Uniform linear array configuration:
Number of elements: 4
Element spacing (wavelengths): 0.25
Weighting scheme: blackman
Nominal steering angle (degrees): -45
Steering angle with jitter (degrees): -43.222
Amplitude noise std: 0.05
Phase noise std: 0.05

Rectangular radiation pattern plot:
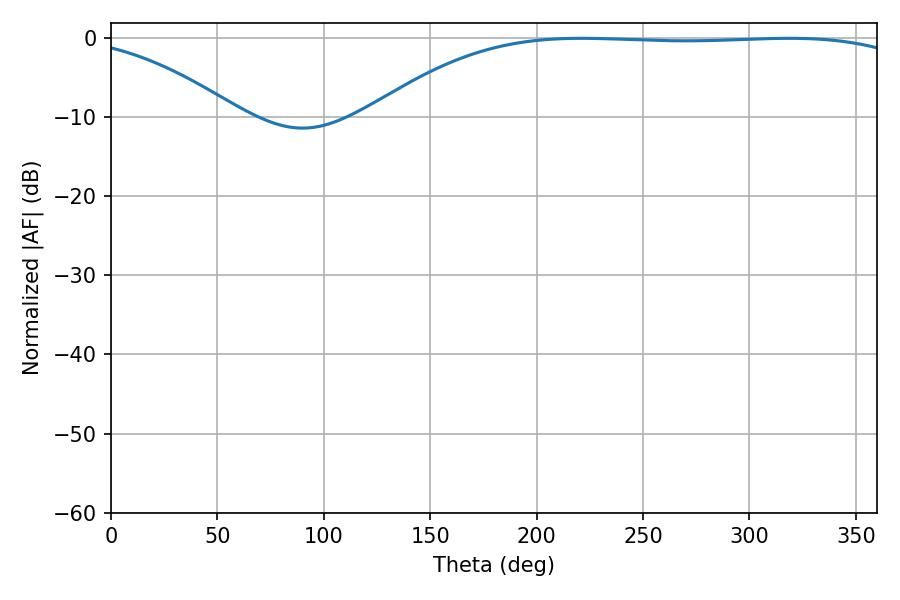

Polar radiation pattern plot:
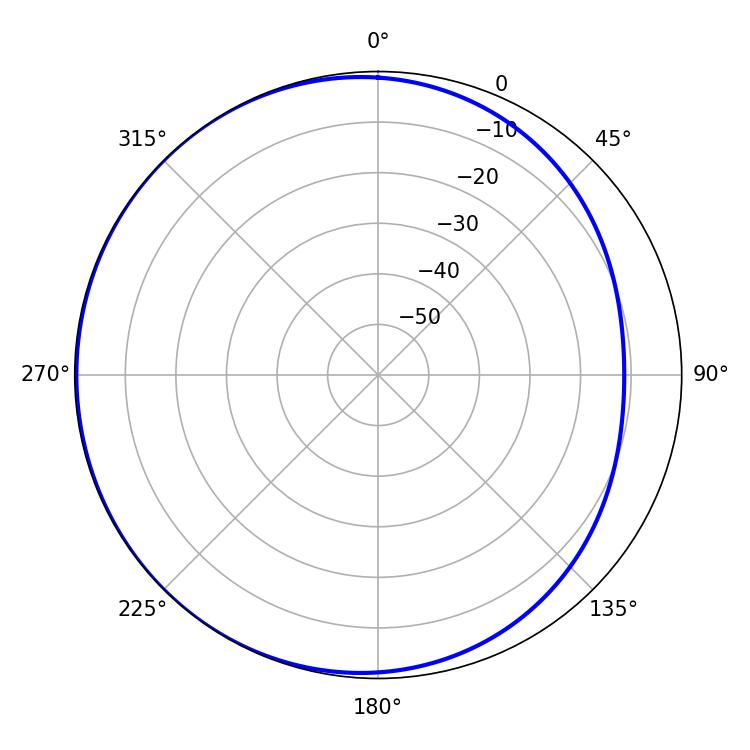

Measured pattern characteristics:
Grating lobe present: FALSE
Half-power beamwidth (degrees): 199.98
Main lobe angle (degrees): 221.04